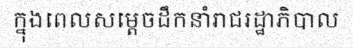
ក្នុងពេលសម្តេចដឹកនាំរាជរដ្ឋាភិបាល